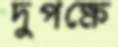
দুপক্ষে